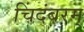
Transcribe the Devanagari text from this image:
चिंदंबरम्